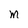
Character: M